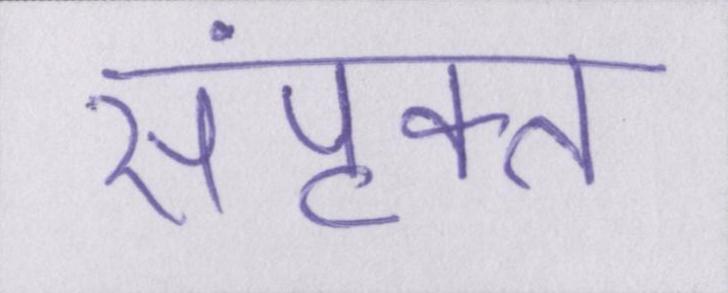
संपृक्त